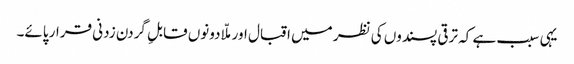
یہی سبب ہے کہ ترقی پسندوں کی نظر میں اقبال اور ملّا دونوں قابلِ گردن زدنی قرار پائے۔